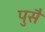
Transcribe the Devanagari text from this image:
पुसै